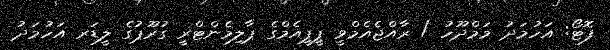
ފޮޓޯ: އަހުމަދު މަމްދޫހު / ރާއްޖެއެމްވީ ޕީޕީއެމްގެ ޕާލިމެންޓްރީ ގުރޫޕުގެ ލީޑަރ އަހުމަދު